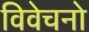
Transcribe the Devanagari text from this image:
विवेचनो